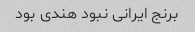
برنج ایرانی نبود هندی بود